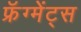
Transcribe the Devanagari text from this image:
फ्रॅग्मेंट्स